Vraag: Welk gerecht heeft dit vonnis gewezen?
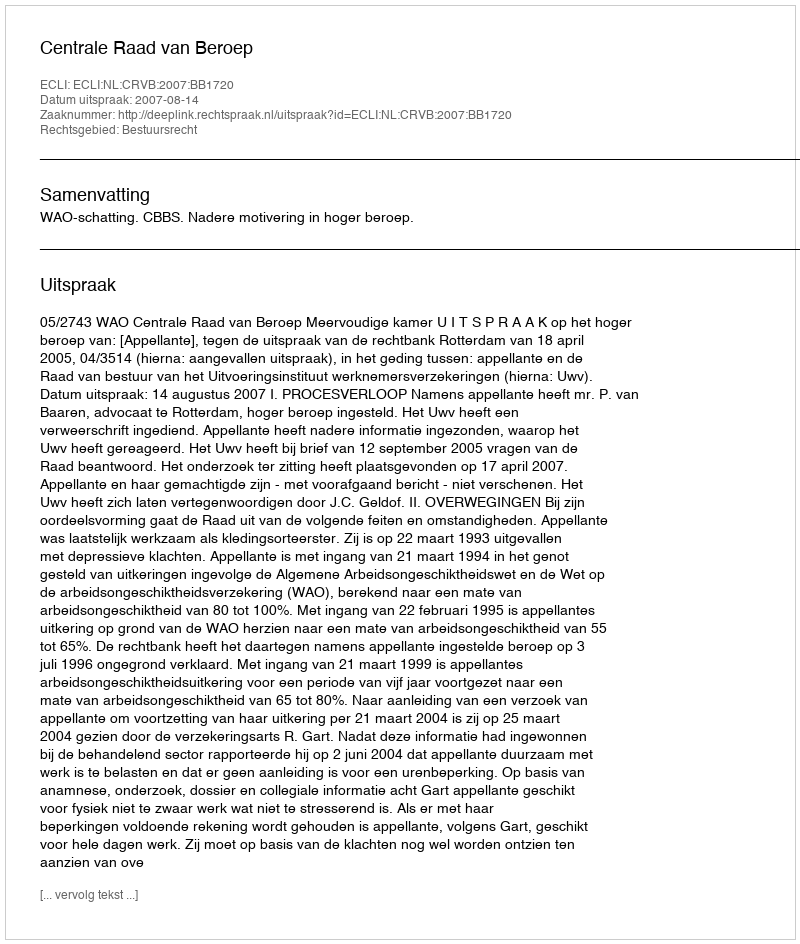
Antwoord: Centrale Raad van Beroep